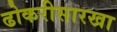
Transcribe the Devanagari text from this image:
ढोकरीसारखा